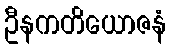
ဦနကတိယောဇနံ